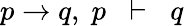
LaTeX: p\to q,\; p\; \; \vdash\; \; q